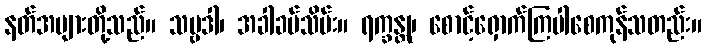
နတ်အများတို့သည်။ သဗ္ဗဒါ၊ အခါခပ်သိမ်း။ ရက္ခန္တု၊ စောင့်ရှောက်ကြပါစေကုန်သတည်း။